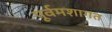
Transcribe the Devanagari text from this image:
पूर्वमशागत